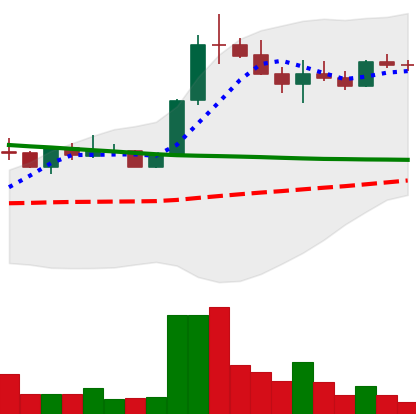
Ticker: ETC-USD
Chart end date: 2022-08-07
Forward return: 15.169%
Label: up_7plus